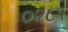
૦૨૮૧